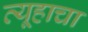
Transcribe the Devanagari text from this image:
व्यूहाचा